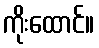
ကိုးထောင်။